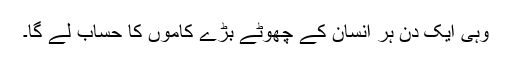
وہی ایک دن ہر انسان کے چھوٹے بڑے کاموں کا حساب لے گا۔